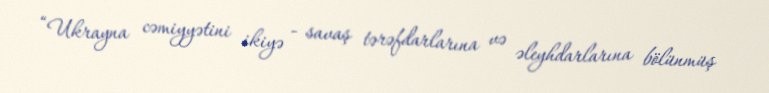
“Ukrayna cəmiyyətini ikiyə - savaş tərəfdarlarına və əleyhdarlarına bölünmüş